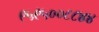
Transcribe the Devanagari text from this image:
९५९५००८८४४